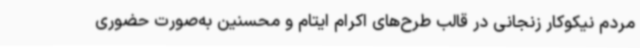
مردم نیکوکار زنجانی در قالب طرح‌های اکرام ایتام و محسنین به‌صورت حضوری